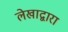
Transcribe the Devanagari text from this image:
लेखाद्वारा